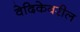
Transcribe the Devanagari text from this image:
वेदिकेवरील